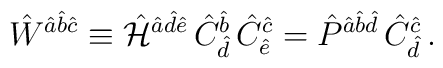
\hat{W}^{\hat{a}\hat{b}\hat{c}} \equiv \hat{\cal H}^{\hat{a}\hat{d}\hat{e}} \,\hat{C}^{\hat{b}}_{\hat{d}}\,\hat{C}^{\hat{c}}_{\hat{e}} = \hat{P}^{\hat{a}\hat{b}\hat{d}} \,\hat{C}^{\hat{c}}_{\hat{d}}\, .